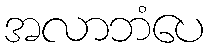
အလာဘံပေ